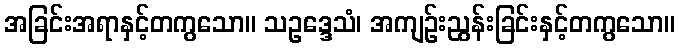
အခြင်းအရာနှင့်တကွသော။ သဥဒ္ဒေသံ၊ အကျဉ်းညွန်းခြင်းနှင့်တကွသော။